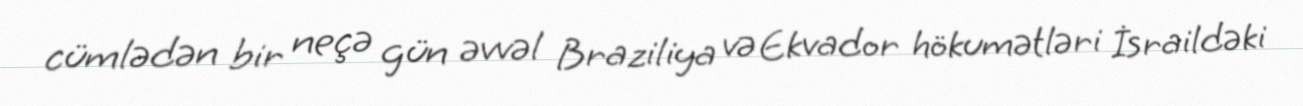
cümlədən bir neçə gün əvvəl Braziliya və Ekvador hökumətləri İsraildəki